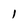
Character: l